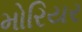
મોરિયર